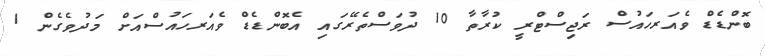
ބޮންޑެޑް ވެއަރހައުސް ރަޖިސްޓްރީ ކުރާތާ 10 ދުވަސްތެރޭގައި އެބޮންޑެޑް ވެއަރހައުސްއަށް މަދުވެގެން 1